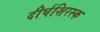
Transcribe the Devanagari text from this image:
दीर्घशिरस्क